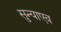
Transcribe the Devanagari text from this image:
सुन्याएव